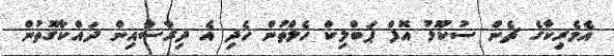
އެމެރިކާގެ ޗެން ސުކޫލު އޮފް ޕަބްލިކް ހެލްތުން ހެދި އެ ދިރާސާއިން ދައްކާގޮތުން